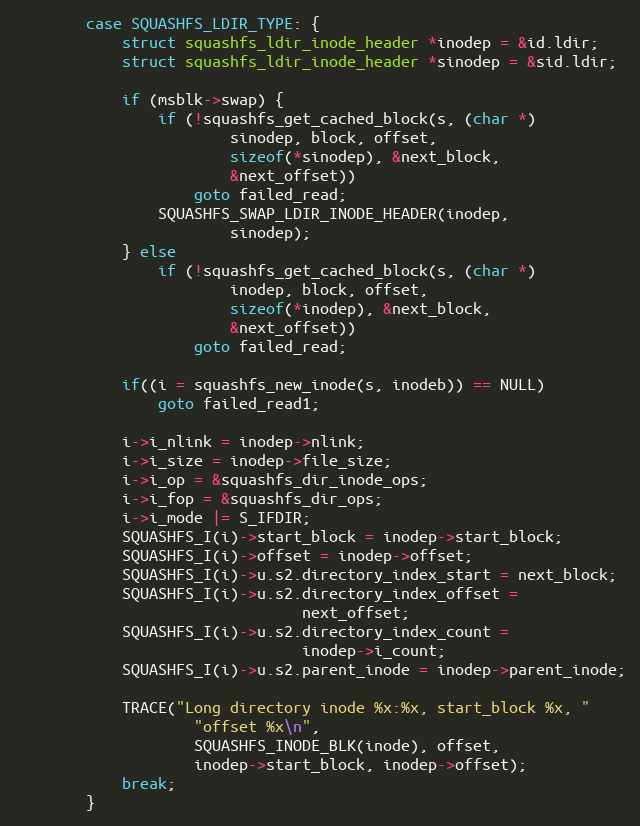
Language: C
		case SQUASHFS_LDIR_TYPE: {
			struct squashfs_ldir_inode_header *inodep = &id.ldir;
			struct squashfs_ldir_inode_header *sinodep = &sid.ldir;

			if (msblk->swap) {
				if (!squashfs_get_cached_block(s, (char *)
						sinodep, block, offset,
						sizeof(*sinodep), &next_block,
						&next_offset))
					goto failed_read;
				SQUASHFS_SWAP_LDIR_INODE_HEADER(inodep,
						sinodep);
			} else
				if (!squashfs_get_cached_block(s, (char *)
						inodep, block, offset,
						sizeof(*inodep), &next_block,
						&next_offset))
					goto failed_read;

			if((i = squashfs_new_inode(s, inodeb)) == NULL)
				goto failed_read1;

			i->i_nlink = inodep->nlink;
			i->i_size = inodep->file_size;
			i->i_op = &squashfs_dir_inode_ops;
			i->i_fop = &squashfs_dir_ops;
			i->i_mode |= S_IFDIR;
			SQUASHFS_I(i)->start_block = inodep->start_block;
			SQUASHFS_I(i)->offset = inodep->offset;
			SQUASHFS_I(i)->u.s2.directory_index_start = next_block;
			SQUASHFS_I(i)->u.s2.directory_index_offset =
								next_offset;
			SQUASHFS_I(i)->u.s2.directory_index_count =
								inodep->i_count;
			SQUASHFS_I(i)->u.s2.parent_inode = inodep->parent_inode;

			TRACE("Long directory inode %x:%x, start_block %x, "
					"offset %x\n",
					SQUASHFS_INODE_BLK(inode), offset,
					inodep->start_block, inodep->offset);
			break;
		}